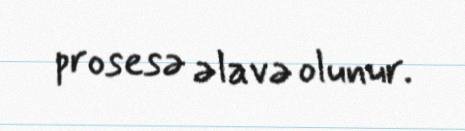
prosesə əlavə olunur.